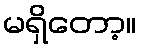
မရှိတော့။